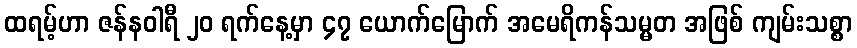
ထရမ့်ဟာ ဇန်နဝါရီ ၂၀ ရက်နေ့မှာ ၄၇ ယောက်မြောက် အမေရိကန်သမ္မတ အဖြစ် ကျမ်းသစ္စာ